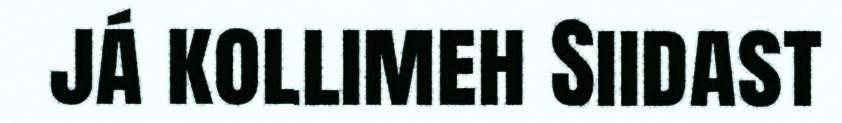
já kollimeh Siidast